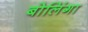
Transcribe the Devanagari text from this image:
बोलिंगा